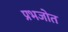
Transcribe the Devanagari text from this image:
प्रभजोत